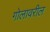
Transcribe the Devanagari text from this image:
गोलावरील